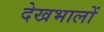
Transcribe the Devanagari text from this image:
देखभालों